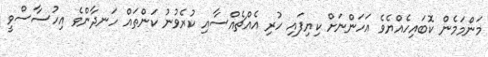
މަންމަމެން ކޮބައިހެއްޔެވެ އަހަންނަށް ކިޔިފައި ހުރި އެއްޗެއްސާއި ކުރެވުނު ކަންތައް ހަނދާންވެ އިހުސާސްވީ